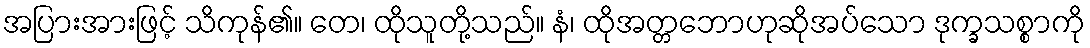
အပြားအားဖြင့် သိကုန်၏။ တေ၊ ထိုသူတို့သည်။ နံ၊ ထိုအတ္တဘောဟုဆိုအပ်သော ဒုက္ခသစ္စာကို